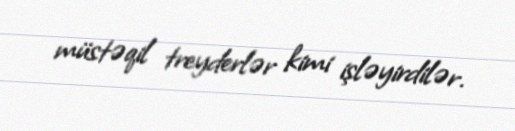
müstəqil treyderlər kimi işləyirdilər.